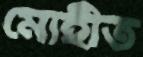
মোহীত